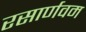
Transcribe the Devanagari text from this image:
रसार्णवम